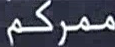
ممركم